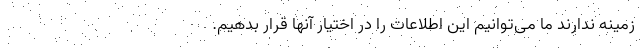
زمینه ندارند ما می‌توانیم این اطلاعات را در اختیار آنها قرار بدهیم.